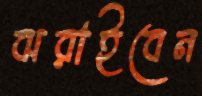
ঝরাইবেন